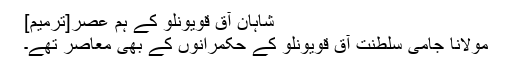
شاہانِ آق قویونلو کے ہم عصر[ترمیم]
مولانا جامی سلطنت آق قویونلو کے حکمرانوں کے بھی معاصر تھے۔